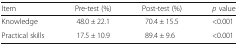
<table><thead><tr><td><b>Item</b></td><td><b>Pre-test (%)</b></td><td><b>Post-test (%)</b></td><td><b><i>p</i> value</b></td></tr></thead><tbody><tr><td>Knowledge</td><td>48.0 ± 22.1</td><td>70.4 ± 15.5</td><td>&lt;0.001</td></tr><tr><td>Practical skills</td><td>17.5 ± 10.9</td><td>89.4 ± 9.6</td><td>&lt;0.001</td></tr></tbody></table>